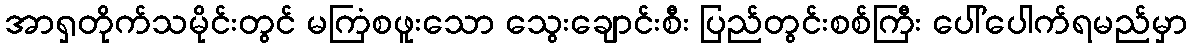
အာရှတိုက်သမိုင်းတွင် မကြံစဖူးသော သွေးချောင်းစီး ပြည်တွင်းစစ်ကြီး ပေါ်ပေါက်ရမည်မှာ